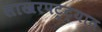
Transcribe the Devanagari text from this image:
साखरपट्ट्यात